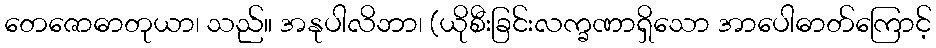
တေဇောဓာတုယာ၊ သည်။ အနုပါလိဘာ၊ (ယိုစီးခြင်းလက္ခဏာရှိသော အာပေါဓာတ်ကြောင့်